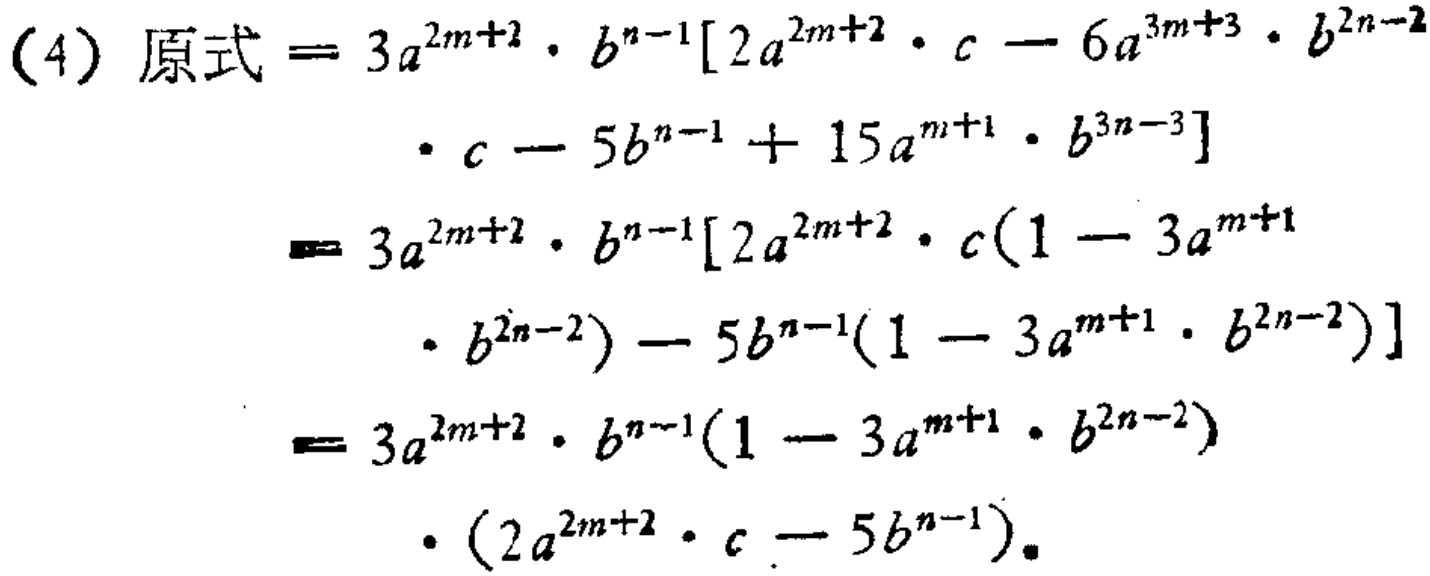
\begin{align*}

(4)\ 原式&=3a^{2m + 2}\cdot b^{n - 1}[2a^{2m + 2}\cdot c - 6a^{3m + 3}\cdot b^{2n - 2}\\

&\quad\quad\cdot c - 5b^{n - 1}+15a^{m + 1}\cdot b^{3n - 3}]\\

&=3a^{2m + 2}\cdot b^{n - 1}[2a^{2m + 2}\cdot c(1 - 3a^{m + 1}\\

&\quad\quad\cdot b^{2n - 2})- 5b^{n - 1}(1 - 3a^{m + 1}\cdot b^{2n - 2})]\\

&=3a^{2m + 2}\cdot b^{n - 1}(1 - 3a^{m + 1}\cdot b^{2n - 2})\\

&\quad\quad\cdot(2a^{2m + 2}\cdot c - 5b^{n - 1}).

\end{align*}